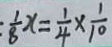
\frac { 1 } { 8 } x = \frac { 1 } { 4 } \times \frac { 1 } { 1 0 }